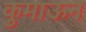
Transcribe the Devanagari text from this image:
कुमाऊन